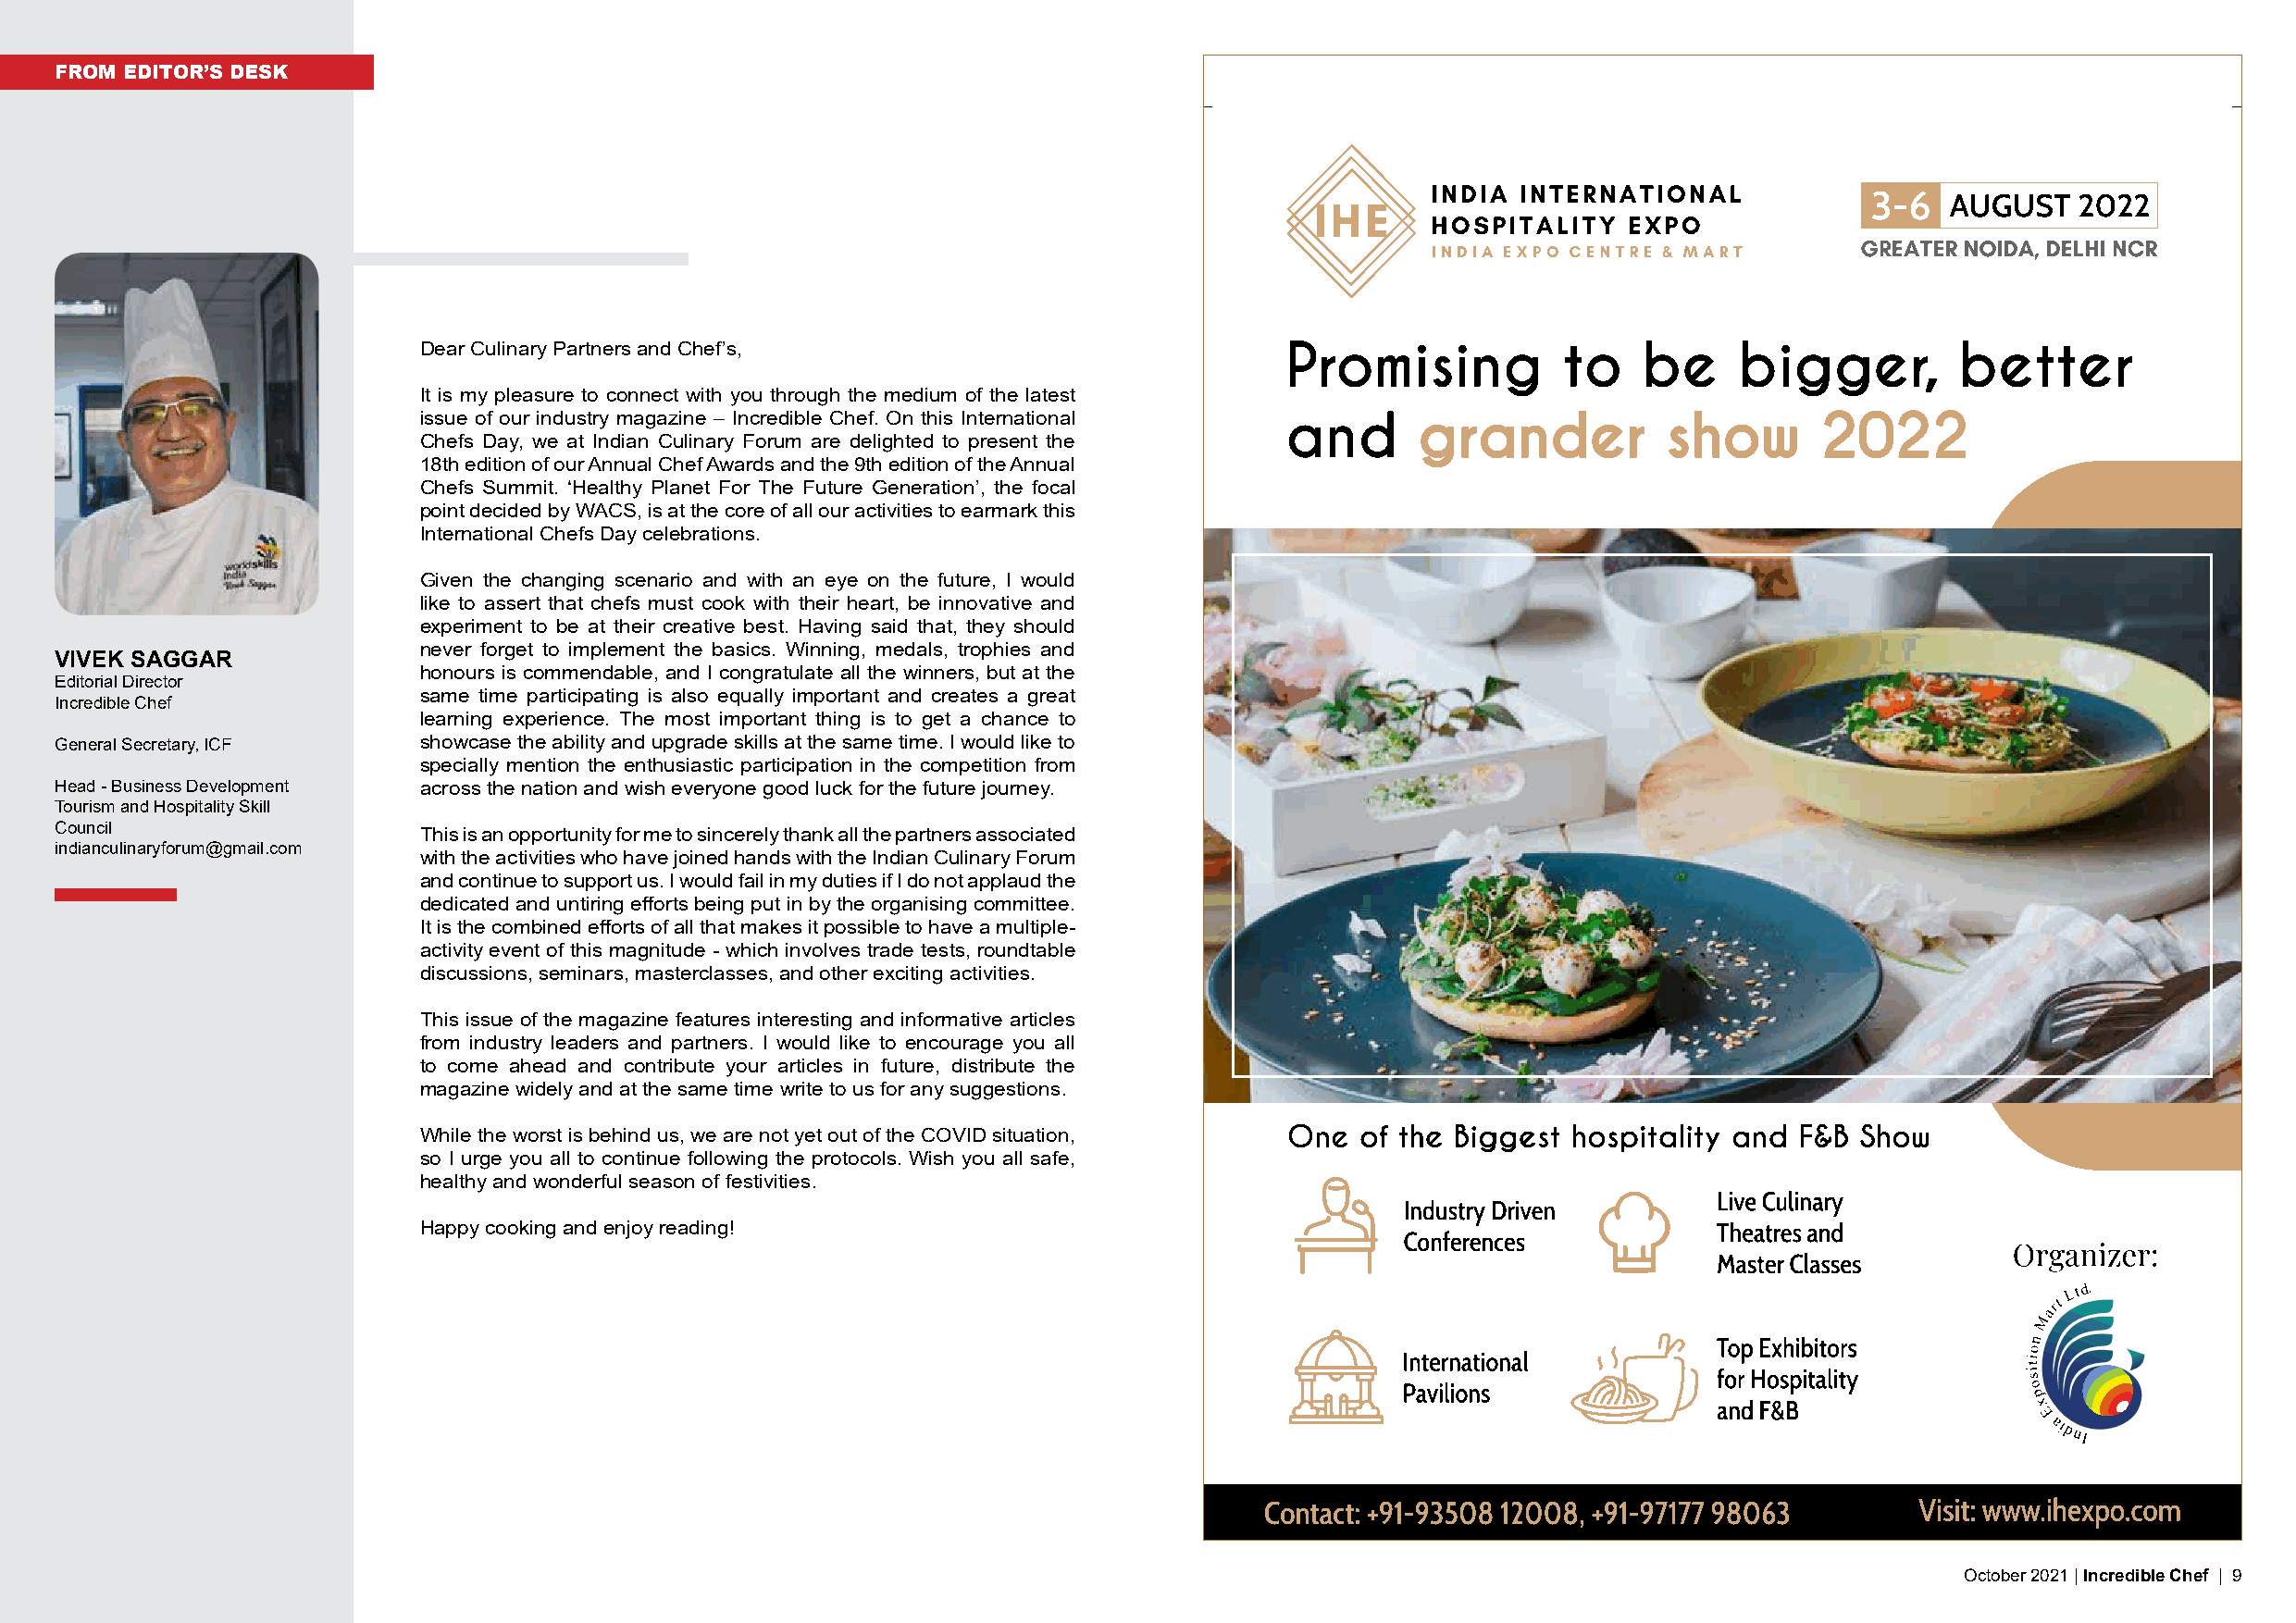
FROM EDITOR’S DESK
 Dear Culinary Partners and Chef’s,
 It is my pleasure to connect with you through the medium of the latest
 issue of our industry magazine – Incredible Chef. On this International
 Chefs Day, we at Indian Culinary Forum are delighted to present the
 18th edition of our Annual Chef Awards and the 9th edition of the Annual
 Chefs Summit. ‘Healthy Planet For The Future Generation’, the focal
 point decided by WACS, is at the core of all our activities to earmark this
 International Chefs Day celebrations.
 Given the changing scenario and with an eye on the future, I would
 like to assert that chefs must cook with their heart, be innovative and
 experiment to be at their creative best. Having said that, they should
 never forget to implement the basics. Winning, medals, trophies and
 VIVEK SAGGAR
 honours is commendable, and I congratulate all the winners, but at the
 Editorial Director
 same time participating is also equally important and creates a great
 Incredible Chef
 learning experience. The most important thing is to get a chance to
 General Secretary, ICF    showcase the ability and upgrade skills at the same time. I would like to
 specially mention the enthusiastic participation in the competition from
 Head - Business Development across the nation and wish everyone good luck for the future journey.
 Tourism and Hospitality Skill
 Council
 This is an opportunity for me to sincerely thank all the partners associated
 indianculinaryforum@gmail.com
 with the activities who have joined hands with the Indian Culinary Forum
 and continue to support us. I would fail in my duties if I do not applaud the
 dedicated and untiring efforts being put in by the organising committee.
 It is the combined efforts of all that makes it possible to have a multiple-
 activity event of this magnitude - which involves trade tests, roundtable
 discussions, seminars, masterclasses, and other exciting activities.
 This issue of the magazine features interesting and informative articles
 from industry leaders and partners. I would like to encourage you all
 to come ahead and contribute your articles in future, distribute the
 magazine widely and at the same time write to us for any suggestions.
 While the worst is behind us, we are not yet out of the COVID situation,
 so I urge you all to continue following the protocols. Wish you all safe,
 healthy and wonderful season of festivities.
 Happy cooking and enjoy reading!
 8 | Incredible Chef | October 2021                                                                                                      October 2021 | Incredible Chef | 9